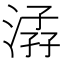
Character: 𣹏